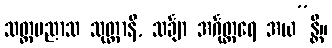
သတ္တပညာသ သုတ္တာနိ, သင်္ချာ အင်္ဂုတ္တရေ အယ”န္တိ။